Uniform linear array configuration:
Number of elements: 48
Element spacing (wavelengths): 1
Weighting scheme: cosine
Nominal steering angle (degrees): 30
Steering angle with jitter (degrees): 30.801
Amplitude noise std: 0.05
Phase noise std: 0.05

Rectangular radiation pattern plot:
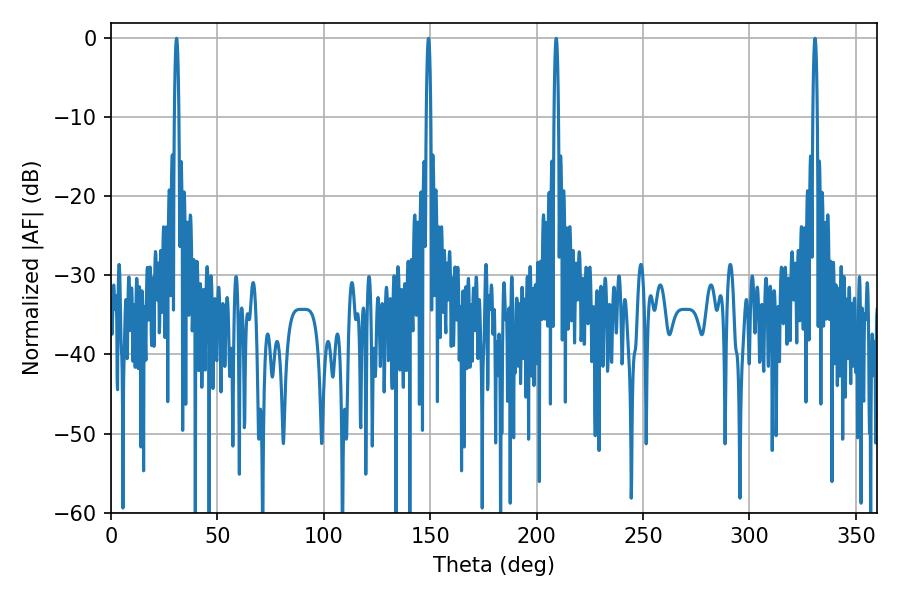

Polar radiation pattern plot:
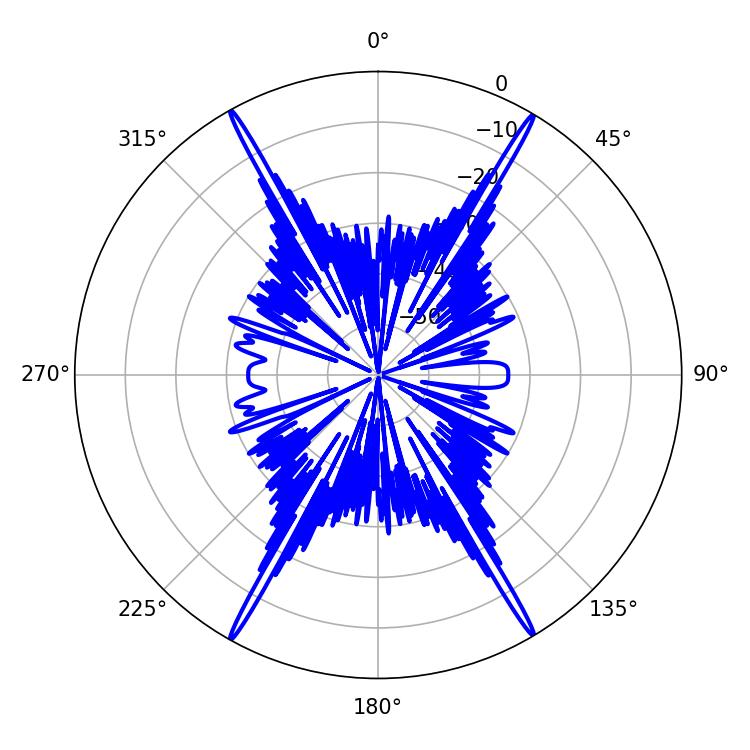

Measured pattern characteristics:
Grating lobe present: TRUE
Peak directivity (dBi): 31.786
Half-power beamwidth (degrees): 1.08
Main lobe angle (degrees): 30.78